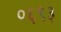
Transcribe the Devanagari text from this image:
०६९३